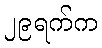
၂၉ရက်က